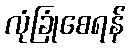
လုံခြုံစေရန်